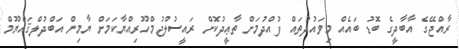
ރާއްޖޭގެ އާބާދީގެ ބޮޑު ބައެއް މިވައުދުތައް ފުއްދުމަށް ތާޢީދުކޮށް ރައީސުލްޖުމްހޫރިއްޔާކަމަށް ޔާމިން އަބްދުލްޤައްޔޫމް